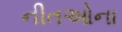
નીતઓના